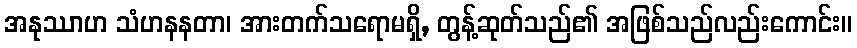
အနုဿာဟ သံဟနနတာ၊ အားတက်သရောမရှိ, တွန့်ဆုတ်သည်၏ အဖြစ်သည်လည်းကောင်း။